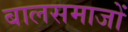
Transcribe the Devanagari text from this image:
बालसमाजों